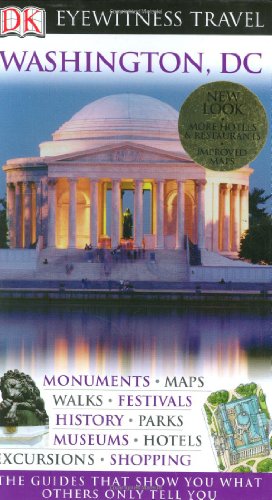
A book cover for Washington, D.C. (Eyewitness Travel Guides); Alice L. Powers; Travel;